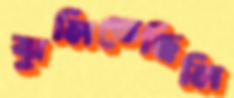
ঝুলিতেছিলি